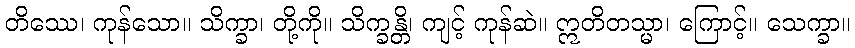
တိဿေ၊ ကုန်သော။ သိက္ခာ၊ တို့ကို။ သိက္ခန္တိ၊ ကျင့် ကုန်ဆဲ။ ဣတိတသ္မာ၊ ကြောင့်။ သေက္ခာ။